画像に写った文字を読んでください
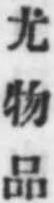
「尤物品」と書いてあります